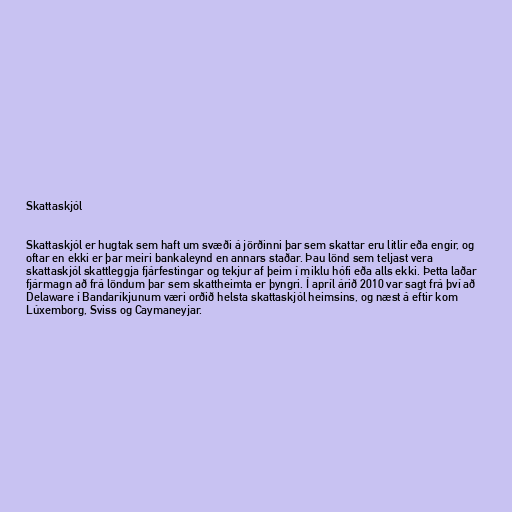
Skattaskjól

Skattaskjól er hugtak sem haft um svæði á jörðinni þar sem skattar eru litlir eða engir, og
oftar en ekki er þar meiri bankaleynd en annars staðar. Þau lönd sem teljast vera
skattaskjól skattleggja fjárfestingar og tekjur af þeim í miklu hófi eða alls ekki. Þetta laðar
fjármagn að frá löndum þar sem skattheimta er þyngri. Í apríl árið 2010 var sagt frá því að
Delaware í Bandaríkjunum væri orðið helsta skattaskjól heimsins, og næst á eftir kom
Lúxemborg, Sviss og Caymaneyjar.